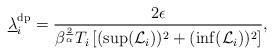
LaTeX: \begin{align*}\underline{\lambda}^{\textrm{dp}}_i= \frac{2 \epsilon }{\beta^{\frac{2}{\alpha}}T_i\left[(\sup(\mathcal{L}_i))^2+(\inf(\mathcal{L}_i))^2\right]},\end{align*}